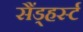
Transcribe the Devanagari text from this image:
सैंड्हर्स्ट